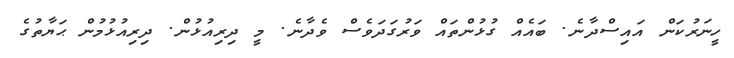
ހީނަރުކަން އައިސްދާނެ. ބައެއް ގުޅުންތައް ވަރުގަދަވެސް ވެދާނެ. މީ ދިރިއުޅުން. ދިރިއުޅުމުން ޙަޔާތުގެ